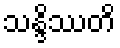
သန္ဒိဿတိ